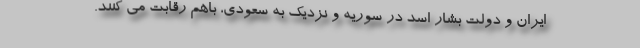
ایران و دولت بشار اسد در سوریه و نزدیک به سعودی، باهم رقابت می کنند.